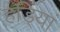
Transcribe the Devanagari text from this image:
हडि्यां